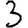
Digit: 3